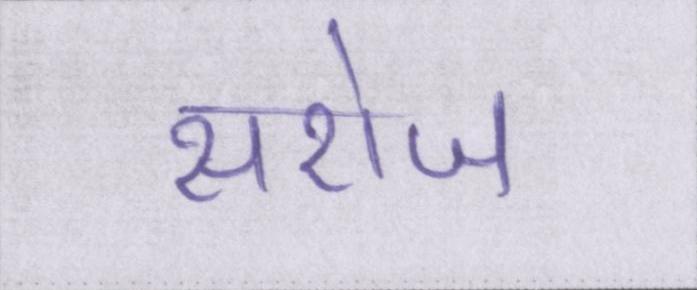
सरोज